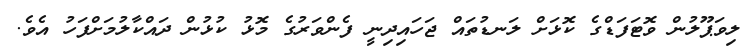
ލިވަޕޫލުން ވޮޓަފަޑްގެ ކޮޅަށް ލަނޑުތައް ޖަހައިދިނީ ފެންވަރުގެ މޮޅު ކުޅުން ދައްކާލުމަށްފަހު އެވެ.